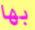
بها